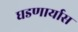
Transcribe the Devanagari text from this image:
घडणार्यास